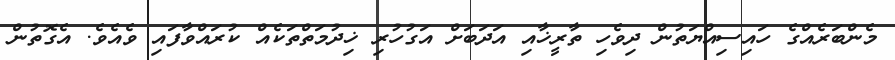
މެންބަރެއްގެ ހައިސިއްޔަތުން ދިވެހި ތާރީޚާއި އަދަބަށް އަގުހުރި ޚިދުމަތްތަކެއް ކުރައްވާފައި ވެއެވެ. އެގޮތުން